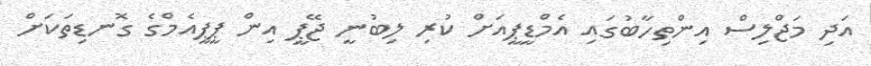
އަދި މަޖްލިސް އިންތިހާބުގައި އެމްޑީޕީއަށް ކުރި ލިބުނީ ޖޭޕީ އިން ޕީޕީއެމްގެ ގޮނޑިތަކަށް